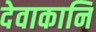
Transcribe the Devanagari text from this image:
देवाकानि